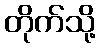
တိုက်သို့